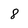
Character: 8